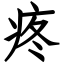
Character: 疼